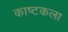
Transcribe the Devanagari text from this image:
काष्टकला